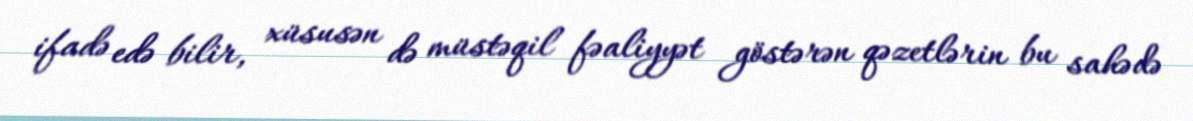
ifadə edə bilir, xüsusən də müstəqil fəaliyyət göstərən qəzetlərin bu sahədə